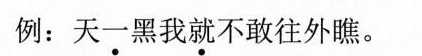
例：天一黑我就不敢往外瞧。